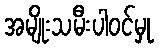
အမျိုးသမီးပါဝင်မှု